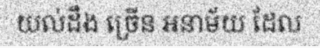
យល់ដឹង ច្រើន អនាម័យ ដែល